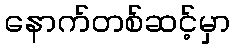
နောက်တစ်ဆင့်မှာ